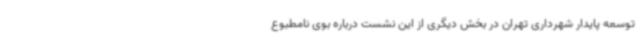
توسعه پایدار شهرداری تهران در بخش دیگری از این نشست درباره بوی نامطبوع